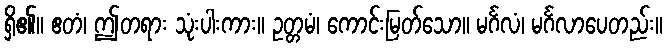
ရှိ၏။ ဧတံ၊ ဤတရား သုံးပါးကား။ ဥတ္တမံ၊ ကောင်းမြတ်သော။ မင်္ဂလံ၊ မင်္ဂလာပေတည်း။